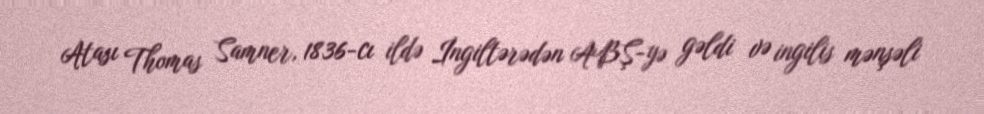
Atası Thomas Samner, 1836-cı ildə İngiltərədən ABŞ-yə gəldi və ingilis mənşəli